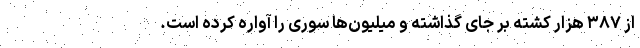
از ۳۸۷ هزار کشته بر جای گذاشته و میلیون‌ها سوری را آواره کرده است.